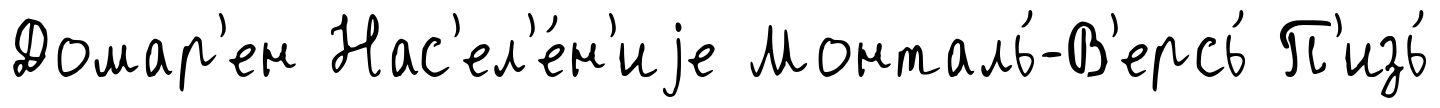
Домар'ен Нас'ел'е́н'иjе Монталь́-В'ерсь́ П'изь́